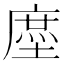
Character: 𰊤